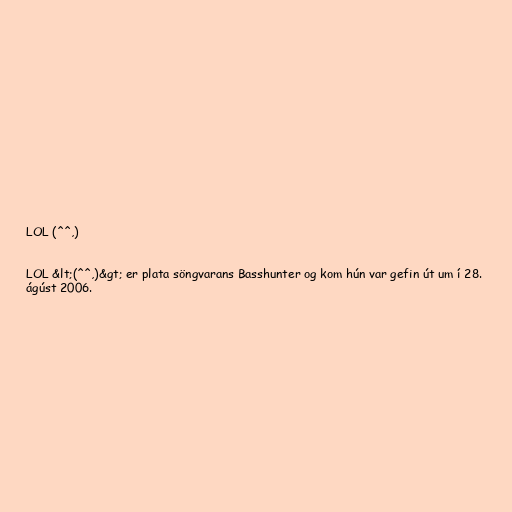
LOL (^^,)

LOL &lt;(^^,)&gt; er plata söngvarans Basshunter og kom hún var gefin út um í 28.
ágúst 2006.